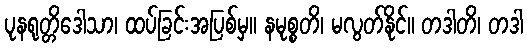
ပုနရုတ္တိဒေါသာ၊ ထပ်ခြင်းအပြစ်မှ။ နမုစ္စတိ၊ မလွတ်နိုင်။ တဒါတိ၊ တဒါ